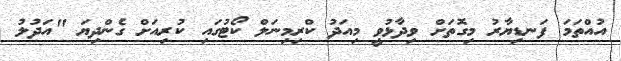
އުއްތަމަ ފަނޑިޔާރު މިގޮތަށް ވިދާޅުވީ މިއަދު ކްރިމިނަލް ކޯޓުގައި ކުރިއަށް ގެންދިޔަ "އަދުލު